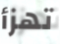
تهزأ